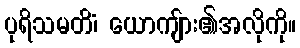
ပုရိသမတိံ၊ ယောကျ်ား၏အလိုကို။